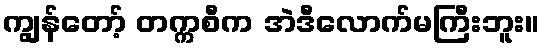
ကျွန်တော့် တက္ကစီက အဲဒီလောက်မကြီးဘူး။